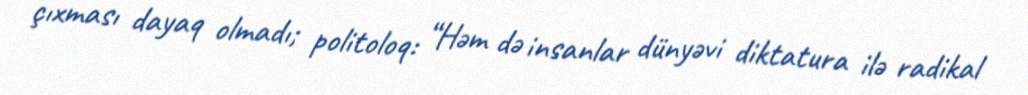
çıxması dayaq olmadı; politoloq: “Həm də insanlar dünyəvi diktatura ilə radikal